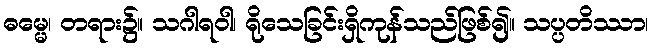
ဓမ္မေ၊ တရား၌။ သဂါရဝါ၊ ရိုသေခြင်းရှိကုန်သည်ဖြစ်၍။ သပ္ပတိဿာ၊